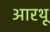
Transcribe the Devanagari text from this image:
आरथू